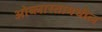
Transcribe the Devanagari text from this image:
ओब्लास्तामधील